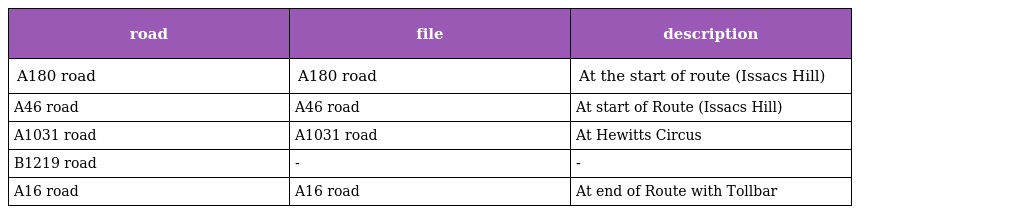
| road | file | description |
 | --- | --- | --- |
 | A180 road | A180 road | At the start of route (Issacs Hill) |
 | A46 road | A46 road | At start of Route (Issacs Hill) |
 | A1031 road | A1031 road | At Hewitts Circus |
 | B1219 road | - | - |
 | A16 road | A16 road | At end of Route with Tollbar |